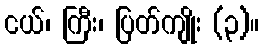
ငယ်၊ ကြီး၊ ပြတ်ကျိုး (၃)။